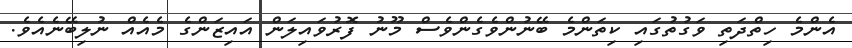
އެންމެ ހިތްދަތި ވަގުތުގައި ކިތަންމެ ބޭނުންވެގެންވެސް މޫނު ފޮރުވައިލަން އައިޒަންގެ މެއެއް ނުލިބޭނެއެވެ.